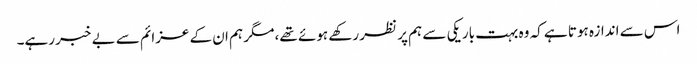
اس سے اندازہ ہوتا ہے کہ وہ بہت باریکی سے ہم پر نظر رکھے ہوئے تھے، مگر ہم ان کے عزائم سے بے خبر رہے۔